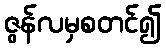
ဇွန်လမှစတင်၍